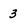
Character: 3